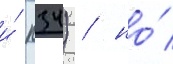
и́ п34) / но́